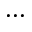
\cdots